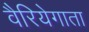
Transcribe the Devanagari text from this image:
वैरियेगाता